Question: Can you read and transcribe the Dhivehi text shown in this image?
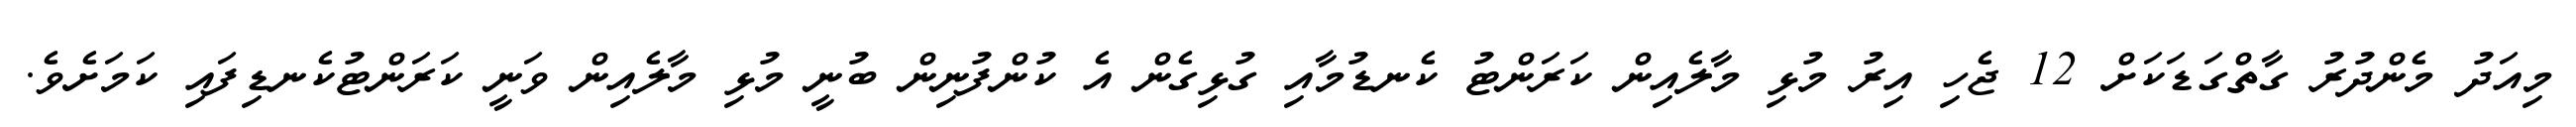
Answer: މިއަދު މެންދުރު ގާތްގަޑަކަށް 12 ޖެހި އިރު މުޅި މާލެއިން ކަރަންޓު ކެނޑުމާއި ގުޅިގެން އެ ކުންފުނިން ބުނީ މުޅި މާލެއިން ވަނީ ކަރަންޓުކެނޑިފައި ކަމަށެވެ.